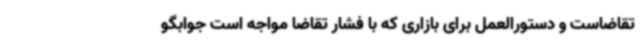
تقاضاست و دستورالعمل برای بازاری که با فشار تقاضا مواجه است جوابگو